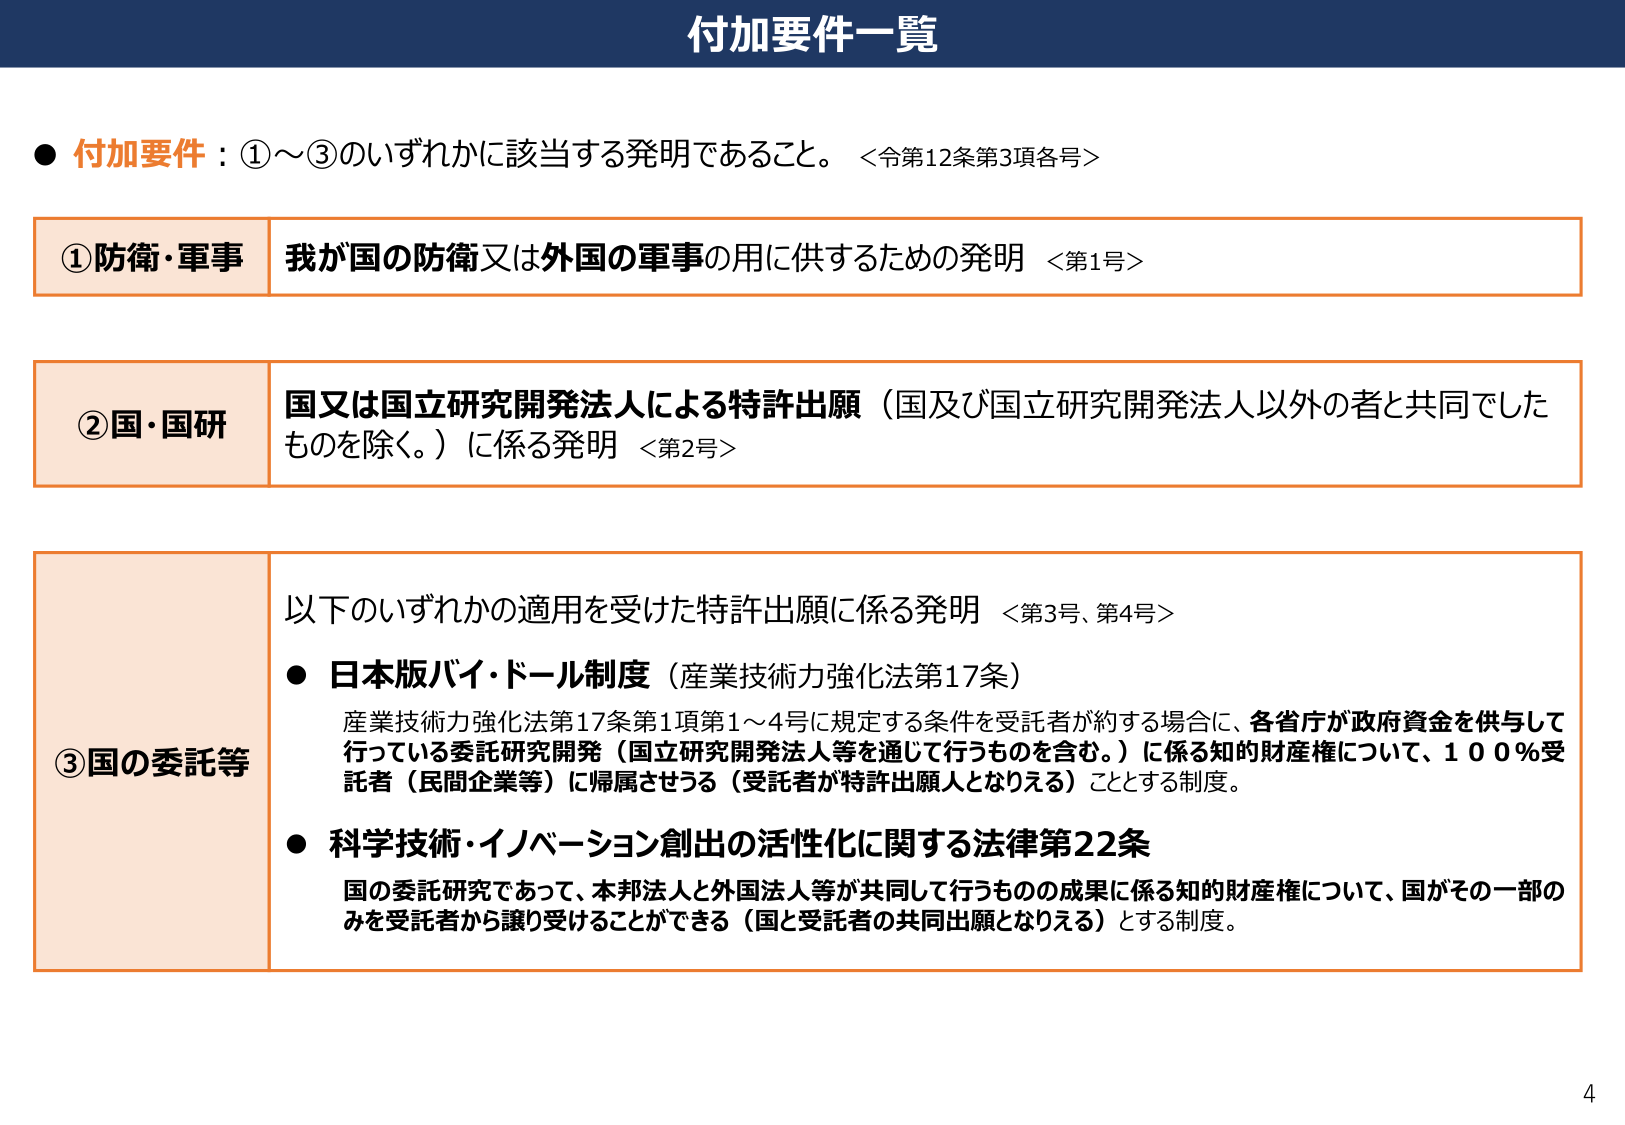
付加要件一覧

● 付加要件：①～③のいずれかに該当する発明であること。＜令第12条第3項各号＞

①防衛・軍事 我が国の防衛又は外国の軍事の用に供するための発明 ＜第1号＞

②国・国研 国又は国立研究開発法人による特許出願（国及び国立研究開発法人以外の者と共同でしたものを除く。）に係る発明 ＜第2号＞

③国の委託等 以下のいずれかの適用を受けた特許出願に係る発明 ＜第3号、第4号＞
● 日本版バイ・ドール制度（産業技術力強化法第17条）
産業技術力強化法第17条第1項第1～4号に規定する条件を受託者が約する場合に、各省庁が政府資金を供与して行っている委託研究開発（国立研究開発法人等を通じて行うものを含む。）に係る知的財産権について、100％受託者（民間企業等）に帰属させる（受託者が特許出願人となりえる）こととする制度。
● 科学技術・イノベーション創出の活性化に関する法律第22条
国の委託研究であって、本邦法人と外国法人等が共同して行うものの成果に係る知的財産権について、国がその一部のみを受託者から譲り受けることができる（国と受託者の共同出願となりえる）とする制度。

4